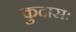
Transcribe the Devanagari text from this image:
कुदासः